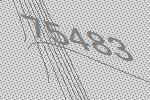
75483